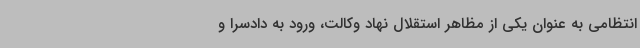
انتظامی به عنوان یکی از مظاهر استقلال نهاد وکالت، ورود به دادسرا و